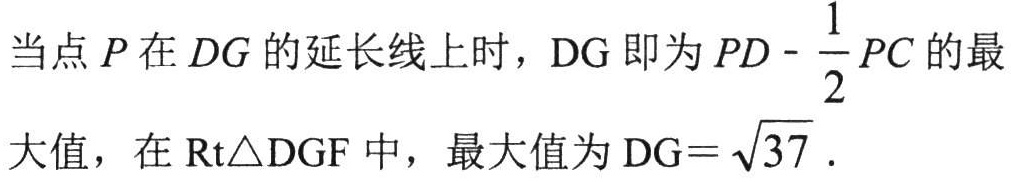
当点\(P\)在\(DG\)的延长线上时，\(DG\)即为\(PD - \frac{1}{2}PC\)的最
大值，在\(\text{Rt}\triangle DGF\)中，最大值为\(DG = \sqrt{37}\).